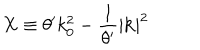
X \equiv \theta ^ { \prime } k _ { 0 } ^ { 2 } - \frac { 1 } { \theta ^ { \prime } } | \mathbf { k } | ^ { 2 }